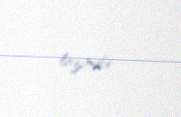
lazımdır.